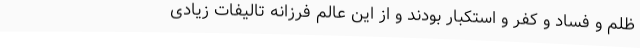
ظلم و فساد و کفر و استکبار بودند و از این عالم فرزانه تالیفات زیادی